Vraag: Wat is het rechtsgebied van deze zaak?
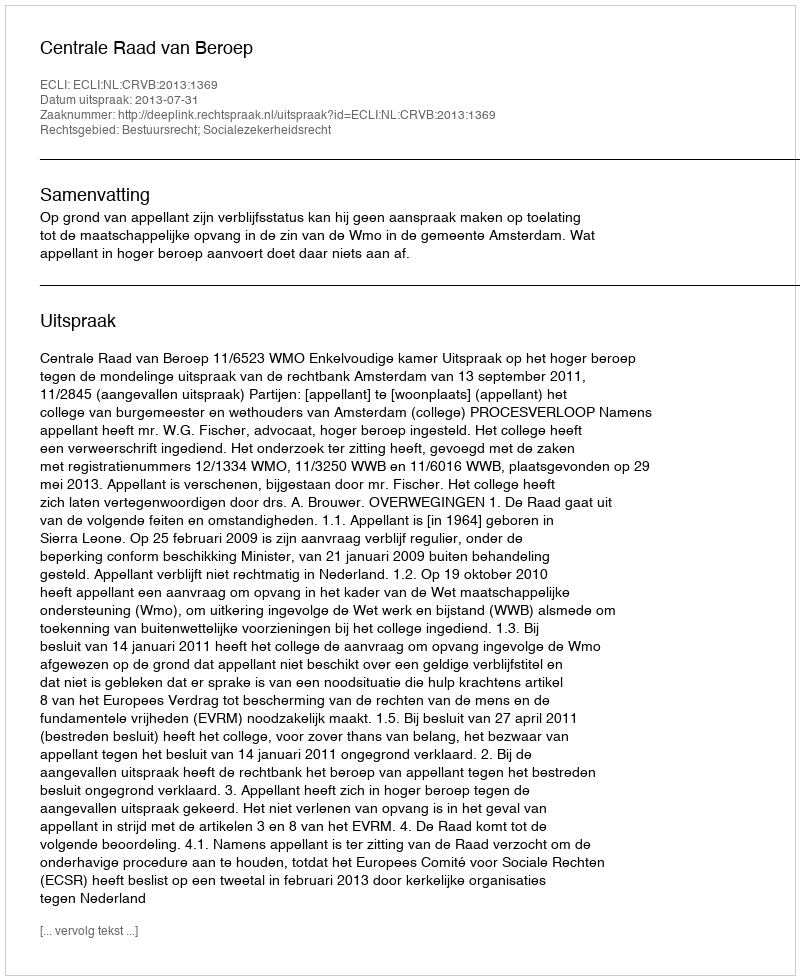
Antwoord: Bestuursrecht; Socialezekerheidsrecht